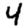
Digit: 4